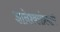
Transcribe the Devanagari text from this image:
ज्ञानेश्वरांप्रमाणे